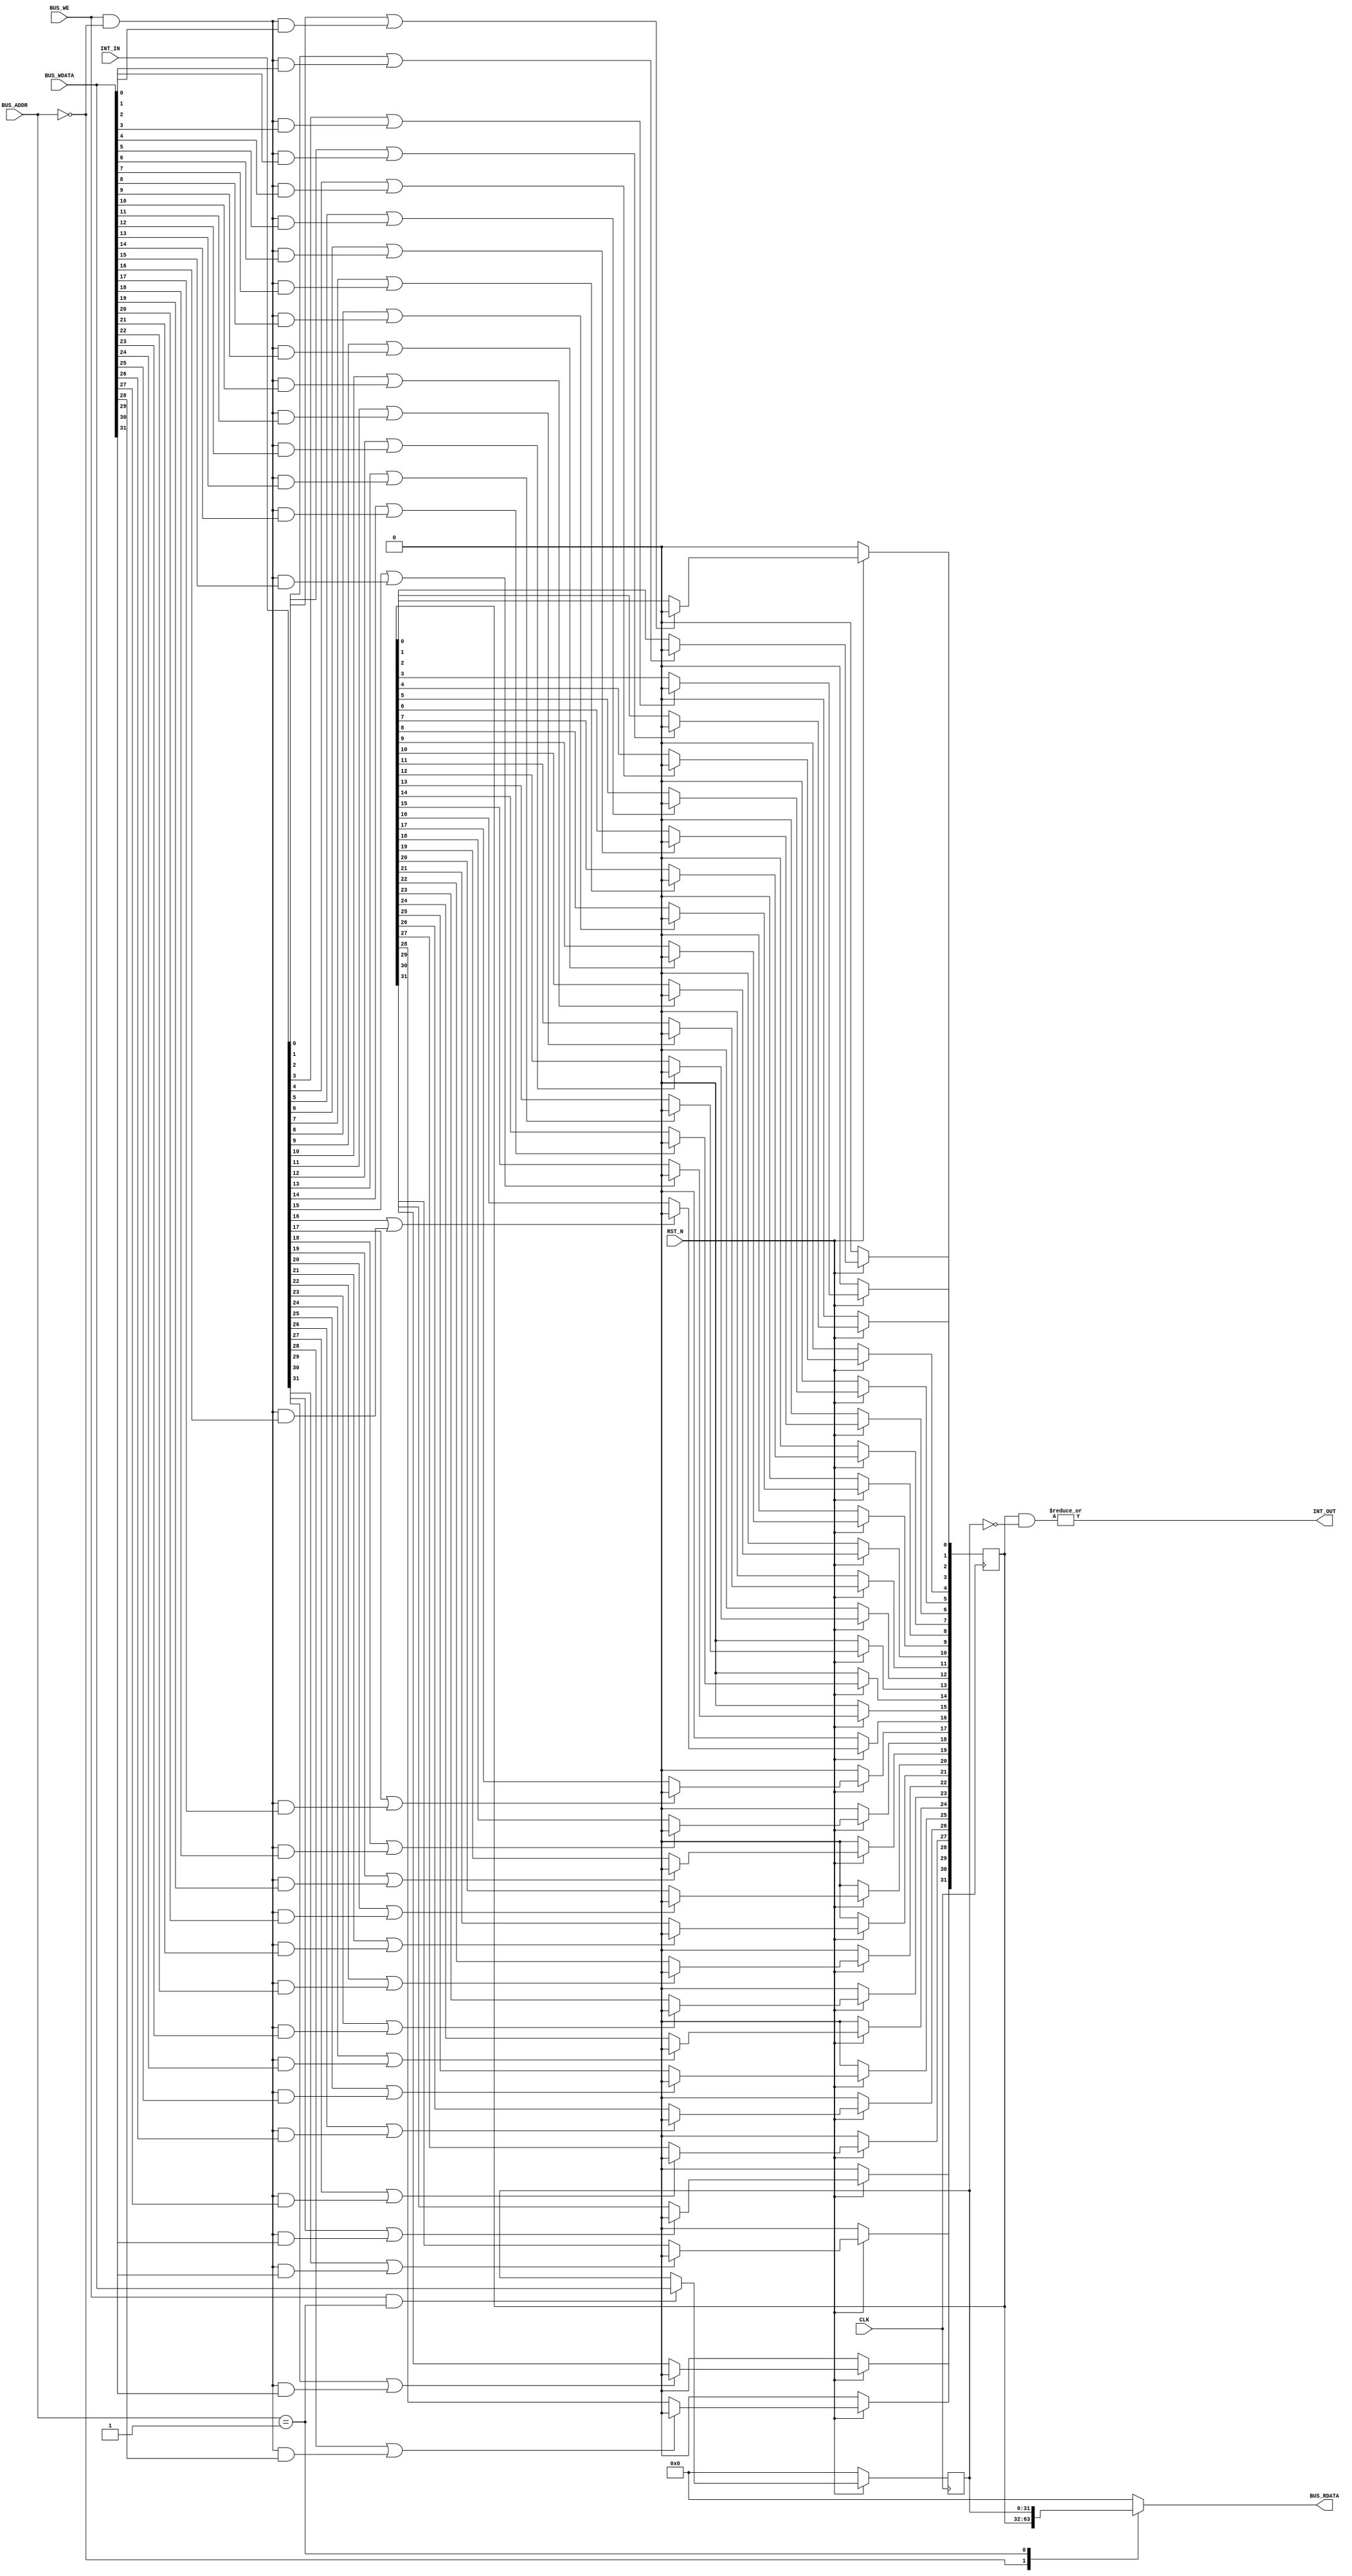
module fmrv32im_plic
  (
   input             RST_N,
   input             CLK,

   input             BUS_WE,
   input [3:0]       BUS_ADDR,
   input [31:0]      BUS_WDATA,
   output reg [31:0] BUS_RDATA,

   input [31:0]      INT_IN,
   output wire       INT_OUT
   );

   // Interrupt Mask
   reg [31:0]         int_reg, int_mask;
   always @(posedge CLK) begin
      if(!RST_N) begin
         int_mask <= 0;
      end else begin
         if(BUS_WE & (BUS_ADDR == 4'h1)) begin
            int_mask <= BUS_WDATA;
         end
      end
   end

   wire BUS_WE_reg;
   assign BUS_WE_reg = BUS_WE & (BUS_ADDR == 4'h0);
   // Interrupt Register
   always @(posedge CLK) begin
      if(!RST_N) begin
         int_reg <= 0;
      end else begin
         int_reg[00] <= INT_IN[00] | (BUS_WE_reg & BUS_WDATA[00])?1'b0:int_reg[00];
         int_reg[01] <= INT_IN[01] | (BUS_WE_reg & BUS_WDATA[01])?1'b0:int_reg[01];
         int_reg[02] <= INT_IN[02] | (BUS_WE_reg & BUS_WDATA[02])?1'b0:int_reg[02];
         int_reg[03] <= INT_IN[03] | (BUS_WE_reg & BUS_WDATA[03])?1'b0:int_reg[03];
         int_reg[04] <= INT_IN[04] | (BUS_WE_reg & BUS_WDATA[04])?1'b0:int_reg[04];
         int_reg[05] <= INT_IN[05] | (BUS_WE_reg & BUS_WDATA[05])?1'b0:int_reg[05];
         int_reg[06] <= INT_IN[06] | (BUS_WE_reg & BUS_WDATA[06])?1'b0:int_reg[06];
         int_reg[07] <= INT_IN[07] | (BUS_WE_reg & BUS_WDATA[07])?1'b0:int_reg[07];
         int_reg[08] <= INT_IN[08] | (BUS_WE_reg & BUS_WDATA[08])?1'b0:int_reg[08];
         int_reg[09] <= INT_IN[09] | (BUS_WE_reg & BUS_WDATA[09])?1'b0:int_reg[09];
         int_reg[10] <= INT_IN[10] | (BUS_WE_reg & BUS_WDATA[10])?1'b0:int_reg[10];
         int_reg[11] <= INT_IN[11] | (BUS_WE_reg & BUS_WDATA[11])?1'b0:int_reg[11];
         int_reg[12] <= INT_IN[12] | (BUS_WE_reg & BUS_WDATA[12])?1'b0:int_reg[12];
         int_reg[13] <= INT_IN[13] | (BUS_WE_reg & BUS_WDATA[13])?1'b0:int_reg[13];
         int_reg[14] <= INT_IN[14] | (BUS_WE_reg & BUS_WDATA[14])?1'b0:int_reg[14];
         int_reg[15] <= INT_IN[15] | (BUS_WE_reg & BUS_WDATA[15])?1'b0:int_reg[15];
         int_reg[16] <= INT_IN[16] | (BUS_WE_reg & BUS_WDATA[16])?1'b0:int_reg[16];
         int_reg[17] <= INT_IN[17] | (BUS_WE_reg & BUS_WDATA[17])?1'b0:int_reg[17];
         int_reg[18] <= INT_IN[18] | (BUS_WE_reg & BUS_WDATA[18])?1'b0:int_reg[18];
         int_reg[19] <= INT_IN[19] | (BUS_WE_reg & BUS_WDATA[19])?1'b0:int_reg[19];
         int_reg[20] <= INT_IN[20] | (BUS_WE_reg & BUS_WDATA[20])?1'b0:int_reg[20];
         int_reg[21] <= INT_IN[21] | (BUS_WE_reg & BUS_WDATA[21])?1'b0:int_reg[21];
         int_reg[22] <= INT_IN[22] | (BUS_WE_reg & BUS_WDATA[22])?1'b0:int_reg[22];
         int_reg[23] <= INT_IN[23] | (BUS_WE_reg & BUS_WDATA[23])?1'b0:int_reg[23];
         int_reg[24] <= INT_IN[24] | (BUS_WE_reg & BUS_WDATA[24])?1'b0:int_reg[24];
         int_reg[25] <= INT_IN[25] | (BUS_WE_reg & BUS_WDATA[25])?1'b0:int_reg[25];
         int_reg[26] <= INT_IN[26] | (BUS_WE_reg & BUS_WDATA[26])?1'b0:int_reg[26];
         int_reg[27] <= INT_IN[27] | (BUS_WE_reg & BUS_WDATA[27])?1'b0:int_reg[27];
         int_reg[28] <= INT_IN[28] | (BUS_WE_reg & BUS_WDATA[28])?1'b0:int_reg[28];
         int_reg[29] <= INT_IN[29] | (BUS_WE_reg & BUS_WDATA[29])?1'b0:int_reg[29];
         int_reg[30] <= INT_IN[30] | (BUS_WE_reg & BUS_WDATA[30])?1'b0:int_reg[30];
         int_reg[31] <= INT_IN[31] | (BUS_WE_reg & BUS_WDATA[31])?1'b0:int_reg[31];
      end // else: !if(!RST_N)
   end

   assign INT_OUT = |(int_reg  & (~(int_mask)));

   always @(*) begin
      case(BUS_ADDR)
        4'h0:
          begin
             BUS_RDATA <= int_reg;
          end
        4'h1:
          begin
             BUS_RDATA <= int_mask;
          end
        default:
          begin
             BUS_RDATA <= 32'd0;
          end
      endcase
   end

endmodule // fmrv32im_plic